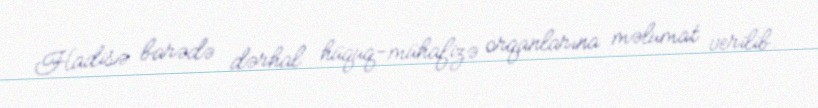
Hadisə barədə dərhal hüquq-mühafizə orqanlarına məlumat verilib.